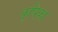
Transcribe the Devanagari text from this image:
कृषिका